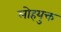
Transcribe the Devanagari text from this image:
लोहयुक्त